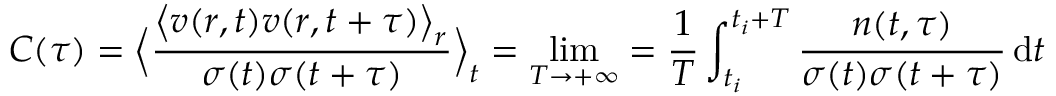
C ( \tau ) = \Big \langle \frac { \big \langle v ( r , t ) v ( r , t + \tau ) \big \rangle _ { r } } { \sigma ( t ) \sigma ( t + \tau ) } \Big \rangle _ { t } = \operatorname* { l i m } _ { T \rightarrow + \infty } = \frac { 1 } { T } \int _ { t _ { i } } ^ { t _ { i } + T } \frac { n ( t , \tau ) } { \sigma ( t ) \sigma ( t + \tau ) } \mathop { } \! \mathrm { d } t